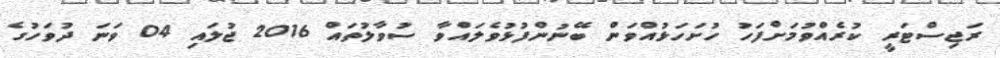
ރަޖިސްޓަރީ ކުރެއްވުމަށްފަހު ހުށަހަޅުއްވަން ބޭނުންފުޅުވެލައްވާ ސުވާލުތައް 2016 ޖުލައި 04 ވަނަ ދުވަހުގެ